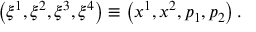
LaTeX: \left( \xi ^ { 1 } , \xi ^ { 2 } , \xi ^ { 3 } , \xi ^ { 4 } \right) \equiv \left( x ^ { 1 } , x ^ { 2 } , p _ { 1 } , p _ { 2 } \right) .